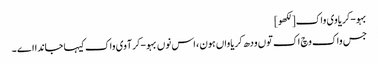
بہو-کریاوی واک[لکھو]
جس واک وچ اک توں ودھ کریاواں ہون ، اس نوں بہو-کرآوی واک کیہا جاندا اے ۔